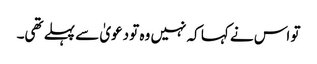
تو اس نے کہا کہ نہیں وہ تو دعویٰ سے پہلے تھی۔